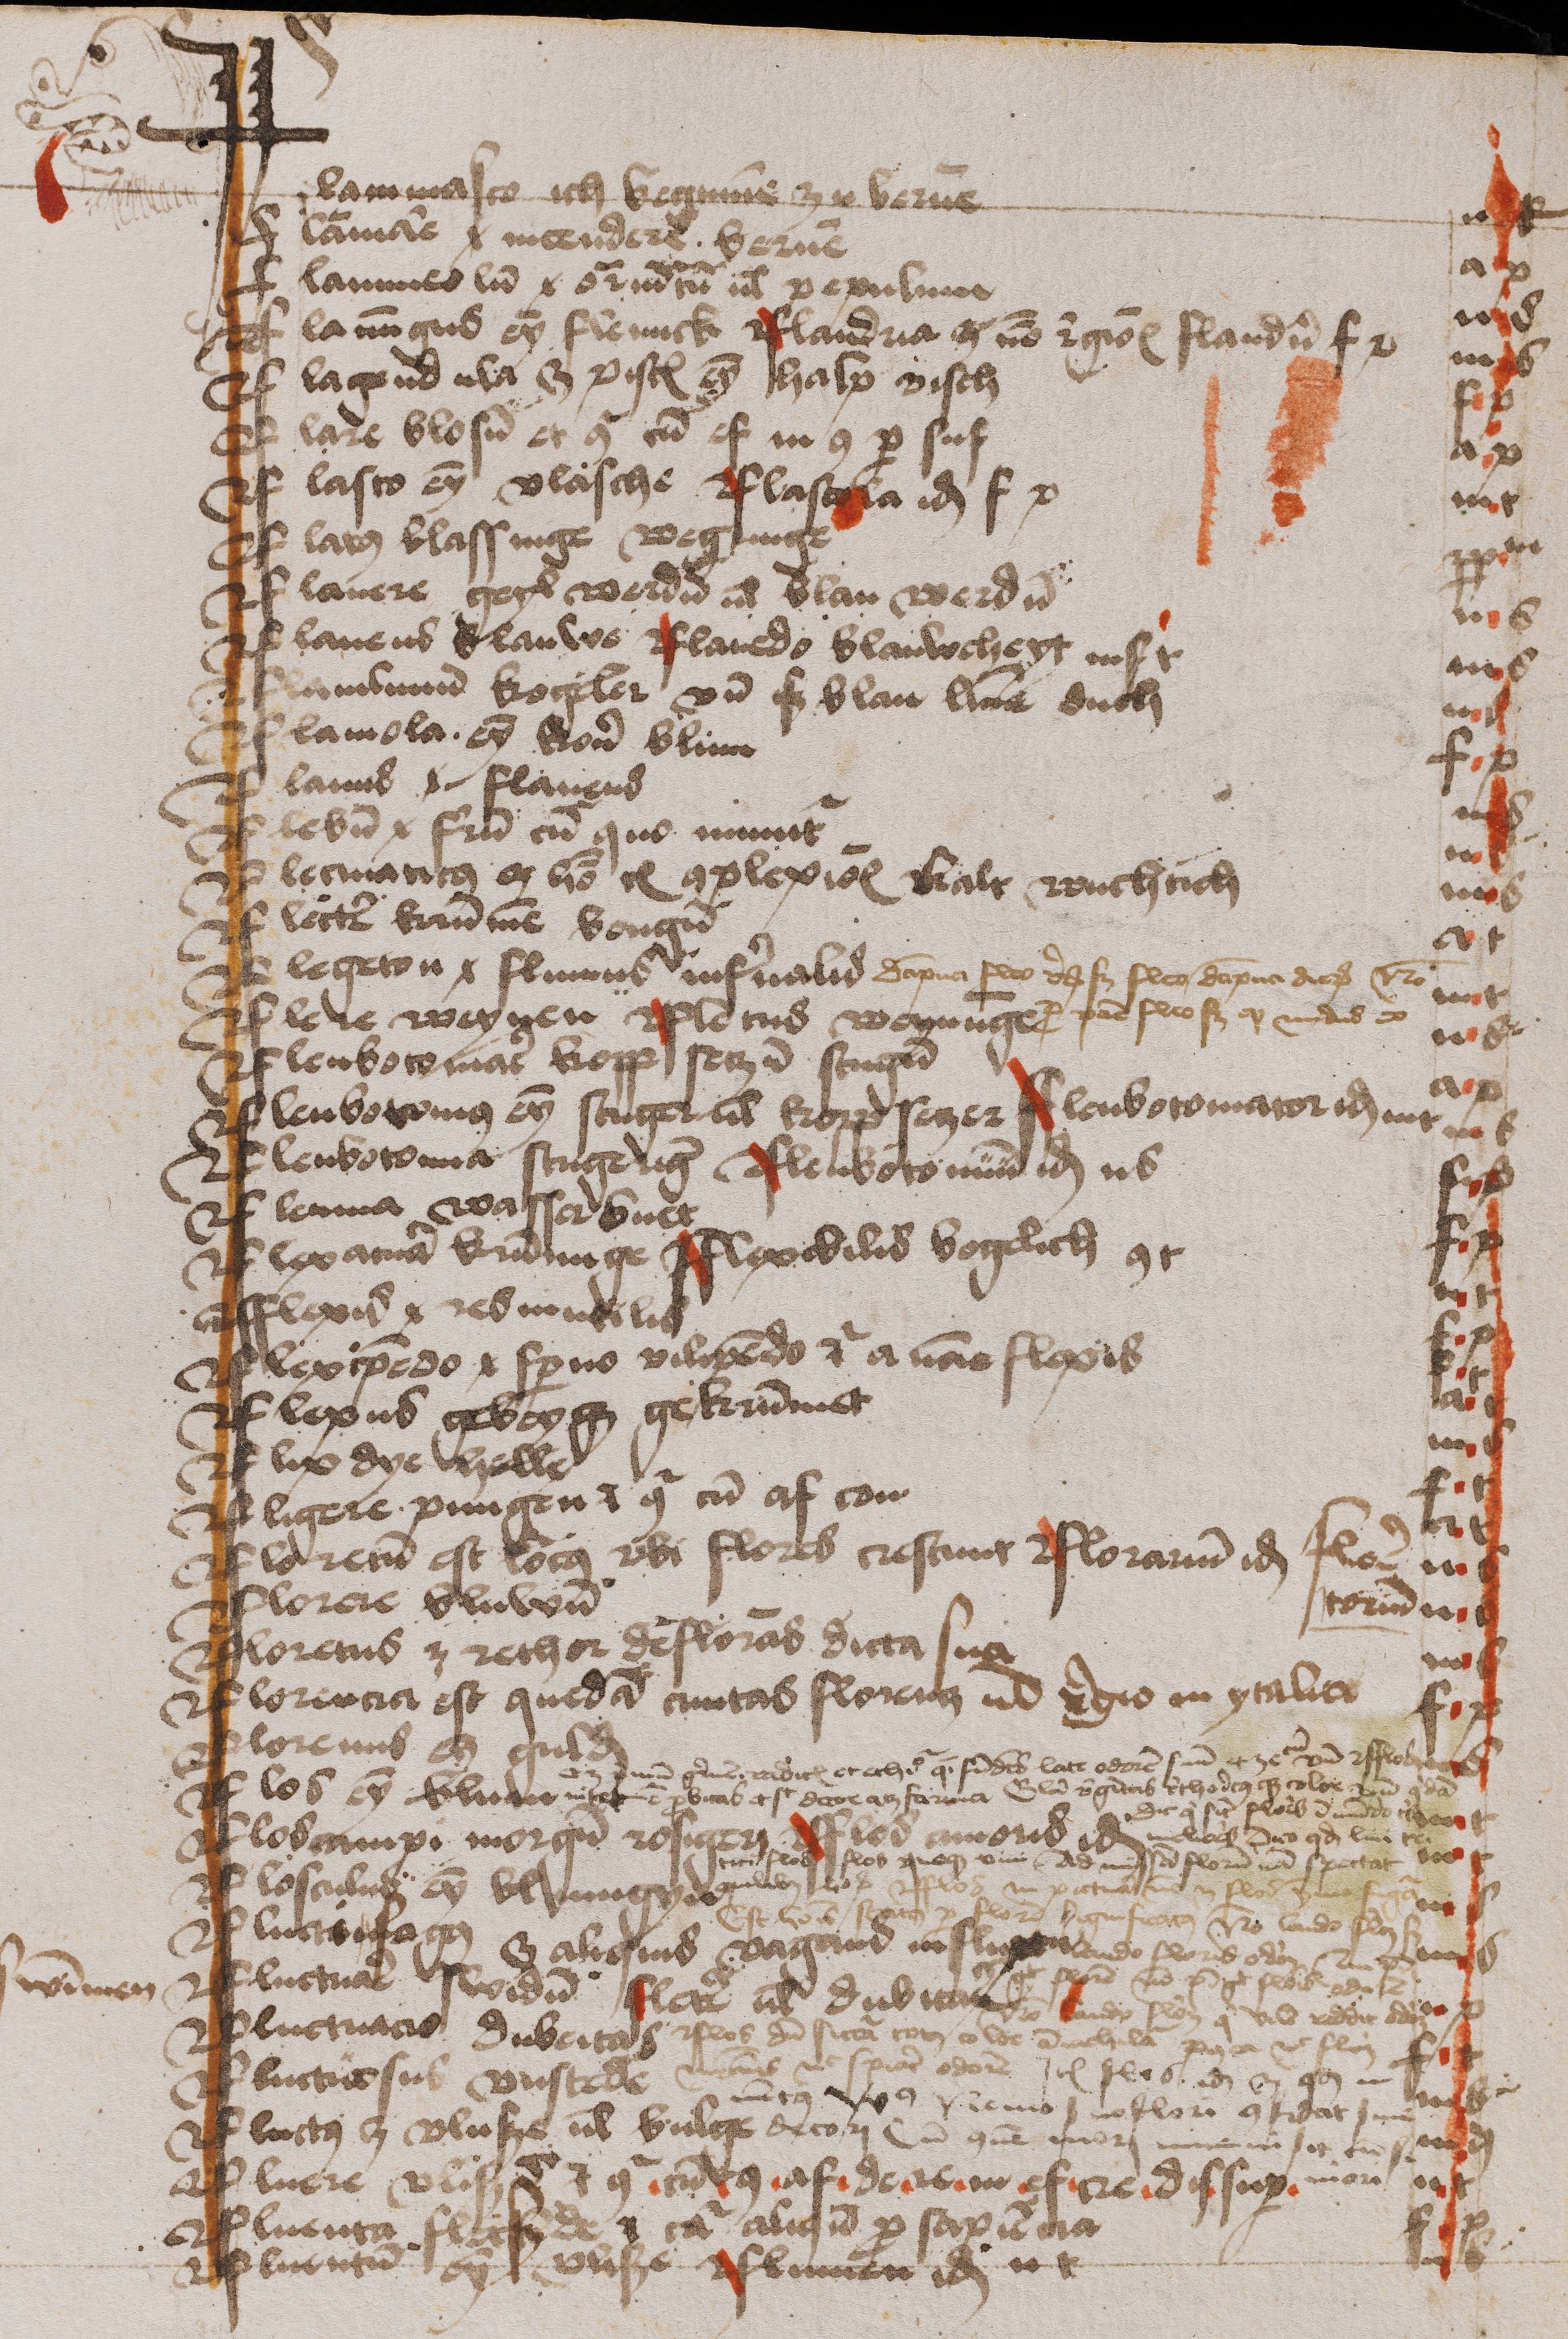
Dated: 1474–1474